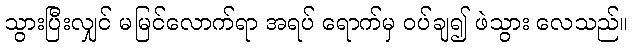
သွားပြီးလျှင် မမြင်လောက်ရာ အရပ် ရောက်မှ ဝပ်ချ၍ ဖဲသွား လေသည်။